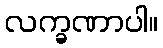
လက္ခဏာပါ။